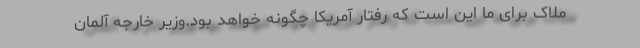
ملاک برای ما این است که رفتار آمریکا چگونه خواهد بود.وزیر خارجه آلمان